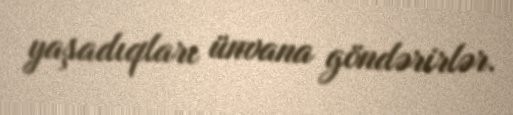
yaşadıqları ünvana göndərirlər.